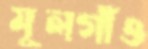
মূলগাঁও